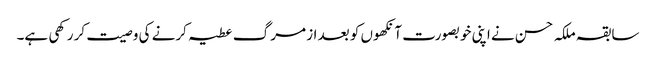
سابقہ ملکہ حسن نے اپنی خوبصورت آنکھوں کو بعد از مرگ عطیہ کرنے کی وصیت کر رکھی ہے۔